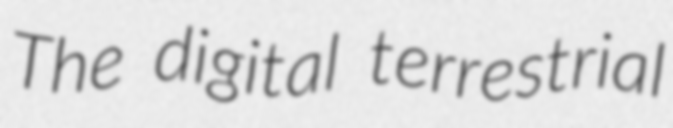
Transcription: The digital terrestrial